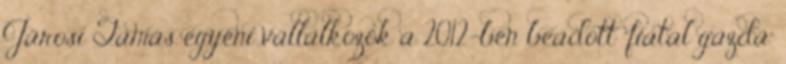
Járosi Tamás egyéni vállalkozók a 2012-ben beadott "fiatal gazda"